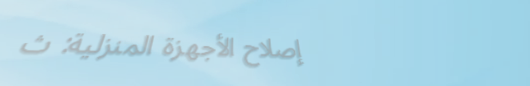
إصلاح الأجهزة المنزلية: ث